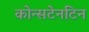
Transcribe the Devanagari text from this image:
कोन्सटेनटिन